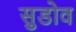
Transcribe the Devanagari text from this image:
सुडोव